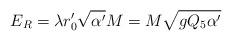
LaTeX: \begin{align*}E_R= \lambda r'_0\sqrt{\alpha'} M=M\sqrt{gQ_5\alpha'}\end{align*}